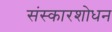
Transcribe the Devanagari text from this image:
संस्कारशोधन